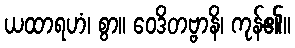
ယထာရဟံ၊ စွာ။ ဝေဒိတဗ္ဗာနိ၊ ကုန်၏။